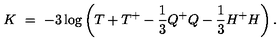
K \ = \ - 3 \log \left( T + T ^ { + } - \frac { 1 } { 3 } Q ^ { + } Q - \frac { 1 } { 3 } H ^ { + } H \right) .